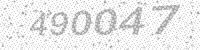
Solution: 490047